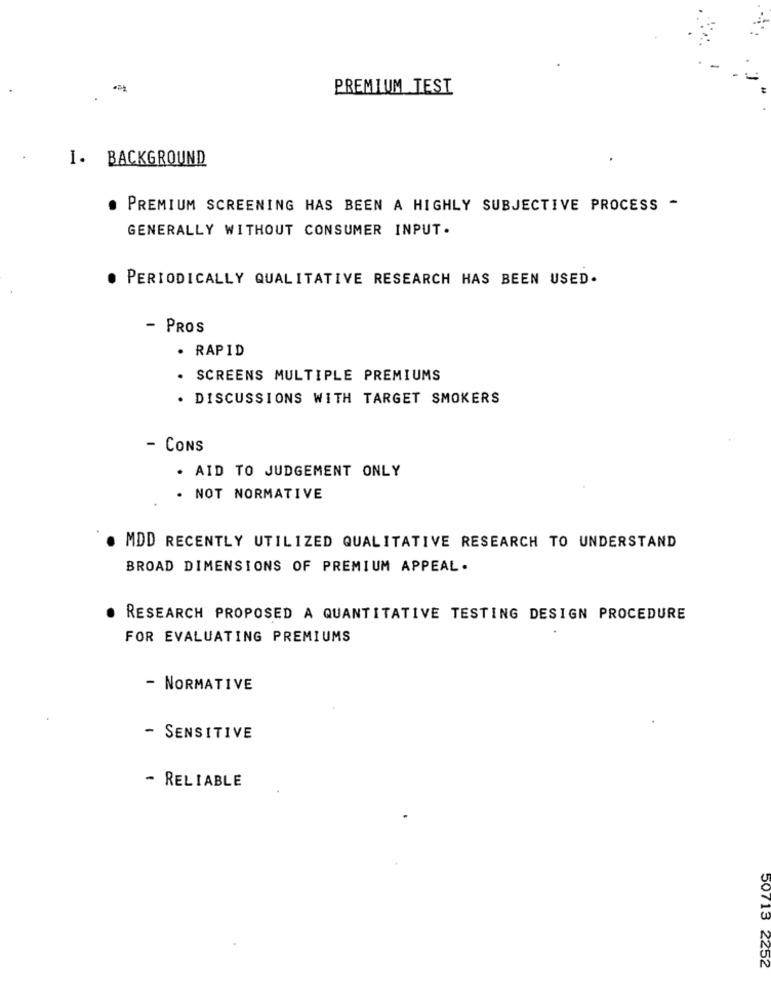
PREMIUM TEST
I. BACKGROUND
. PREMIUM SCREENING HAS BEEN A HIGHLY SUBJECTIVE PROCESS -
GENERALLY WITHOUT CONSUMER INPUT.
. PERIODICALLY QUALITATIVE RESEARCH HAS BEEN USED.
- PROS
· RAPID
. SCREENS MULTIPLE PREMIUMS
. DISCUSSIONS WITH TARGET SMOKERS
- CONS
. AID TO JUDGEMENT ONLY
· NOT NORMATIVE
MDD RECENTLY UTILIZED QUALITATIVE RESEARCH TO UNDERSTAND
BROAD DIMENSIONS OF PREMIUM APPEAL .
RESEARCH PROPOSED A QUANTITATIVE TESTING DESIGN PROCEDURE
FOR EVALUATING PREMIUMS
- NORMATIVE
- SENSITIVE
- RELIABLE
50713 2252